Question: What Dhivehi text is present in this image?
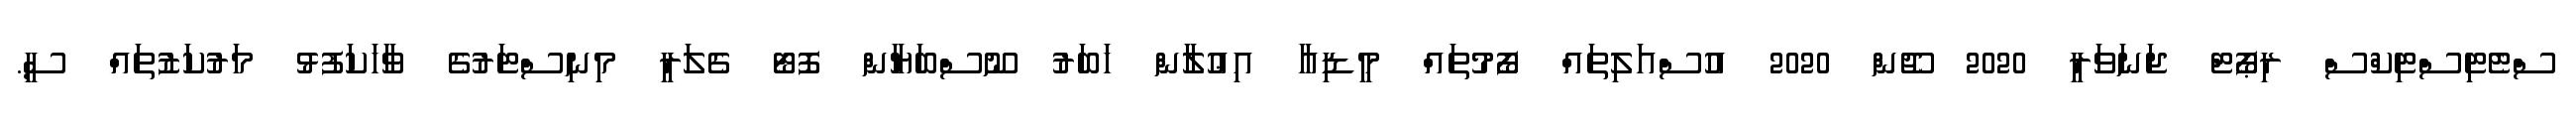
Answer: ސްޓެޓިސްޓިކްސް ރިޕޯޓް ޖަނަވަރީ 2020 ޖޫން 2020 އުސްއަލިތައް ފޯމުތައް މީޑިއާ އިޢުލާން ޚަބަރު ނޫސްބަޔާން ފޮޓޯ ގެލަރީ މިނިސްޓަރުގެ ވާހަކަފުޅު މަރުކަޒުތައް ސީ.